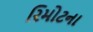
રિમોટના